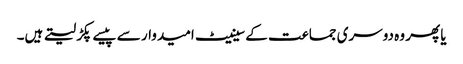
یا پھر وہ دوسری جماعت کے سینیٹ امیدوار سے پیسے پکڑ لیتے ہیں۔